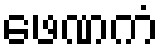
ဖေဏကံ